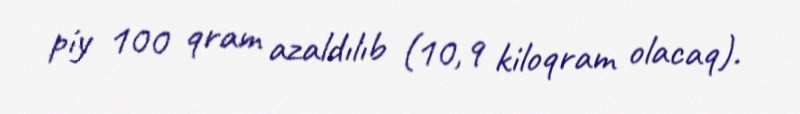
piy 100 qram azaldılıb (10,9 kiloqram olacaq).